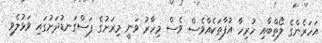
އަހަރެންގެ ލޯތްބާއި ހުރިހާ އުފާތަކެއްވެސް ވެސް މިހާރު ވަނީ މިރަށުގެ ފަސްގަނޑުދަށުގައި ވަޅުލެވި